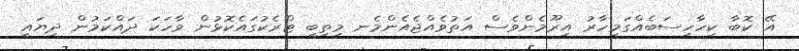
އޭ ކޮބާ ކިހާހިސަބެއްގަަމިހާރު އިރޫމެންވެސް އަތުވެއްޖެއެންމެނ މިތިބީ ޓްރެެކުގައެެކޮޅުން ވާހަކަ ދައްކަމުން ދިޔައީ